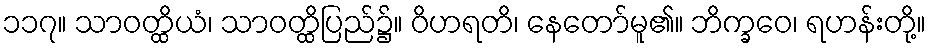
၁၁၇။ သာဝတ္ထိယံ၊ သာဝတ္ထိပြည်၌။ ဝိဟရတိ၊ နေတော်မူ၏။ ဘိက္ခဝေ၊ ရဟန်းတို့။